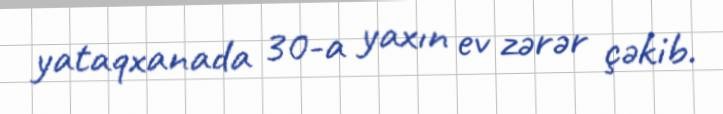
yataqxanada 30-a yaxın ev zərər çəkib.